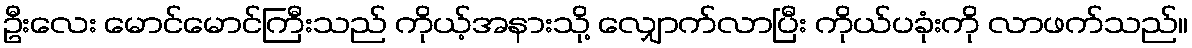
ဦးလေး မောင်မောင်ကြီးသည် ကိုယ့်အနားသို့ လျှောက်လာပြီး ကိုယ်ပခုံးကို လာဖက်သည်။